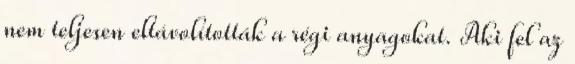
nem teljesen eltávolították a régi anyagokat. Aki fel az